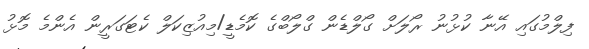
ފިލްމުގައި އޭނާ ކުޅުނު ރޯލަށް ގޯލްޑެން ގްލޯބްގެ ކޮމެޑީ/މިއުޒިކަލް ކެޓަގަރީން އެންމެ މޮޅު